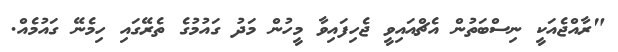
"ރާއްޖެއަކީ ނިސްބަތުން އެޗްއައިވީ ޖެހިފައިވާ މީހުން މަދު ގައުމުގެ ތެރޭގައި ހިމެނޭ ގައުމެއް.